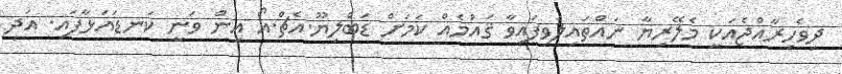
ދިވެހިރާއްޖެއަކީ މެލޭރިޔާ ނައްތައިލެވިފައިވާ ޤައުމެއް ކަމަށް ޑަބްލިޔޫ.އެޗް.އޯ އިން ވަނީ ކަނޑައަޅާފައި. އަދި